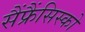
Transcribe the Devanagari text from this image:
सैंफ्रैंसिस्को